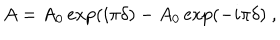
A = A _ { 0 } \exp ( i \pi \delta ) - A _ { 0 } \exp ( - i \pi \delta ) ~ ,